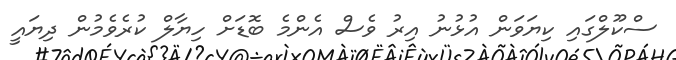
ސްކޫލްގައި ކިޔަވަން އުޅުނު އިރު ވެސް އެންމެ ބޮޑަށް ހިޔާލް ކުރެވެމުން ދިޔައީ